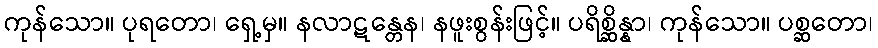
ကုန်သော။ ပုရတော၊ ရှေ့မှ။ နလာဋန္တေန၊ နဖူးစွန်းဖြင့်။ ပရိစ္ဆိန္နာ၊ ကုန်သော။ ပစ္ဆတော၊